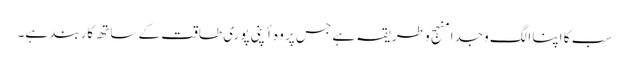
سب کا اپنا الگ وجدا منہج و طریقہ ہے جس پر وہ أپنی پوری طاقت کے ساتھ کاربند ہے۔